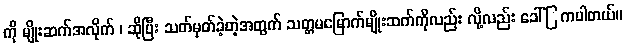
ကို မျိုးဆက်အလိုက် ၊ ဆိုပြီး သတ်မှတ်ခဲ့တဲ့အတွက် သတ္တမမြောက်မျိုးဆက်ကိုလည်း လို့လည်း ခေါ်ြကပါတယ်။